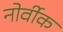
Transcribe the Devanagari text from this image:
नोर्वीक